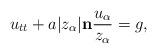
LaTeX: \begin{align*}u_{tt}+a|z_{\alpha}|\bold{n}\frac{u_{\alpha}}{z_{\alpha}}=g, \end{align*}